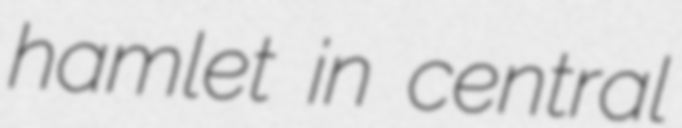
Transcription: hamlet in central